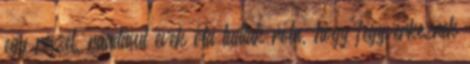
egy részét, ráadásul évek óta tudtak róla, hogy fegyverkeznek